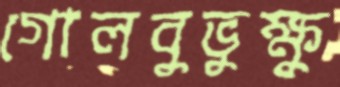
গোলবুভুক্ষু